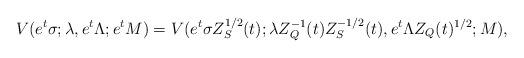
LaTeX: \begin{align*}V(e^t \sigma; \lambda, e^t \Lambda; e^t M) = V(e^t \sigma Z_S^{1/2}(t); \lambda Z_Q^{-1}(t) Z_S^{-1/2}(t), e^t \Lambda Z_Q(t)^{1/2}; M),\end{align*}